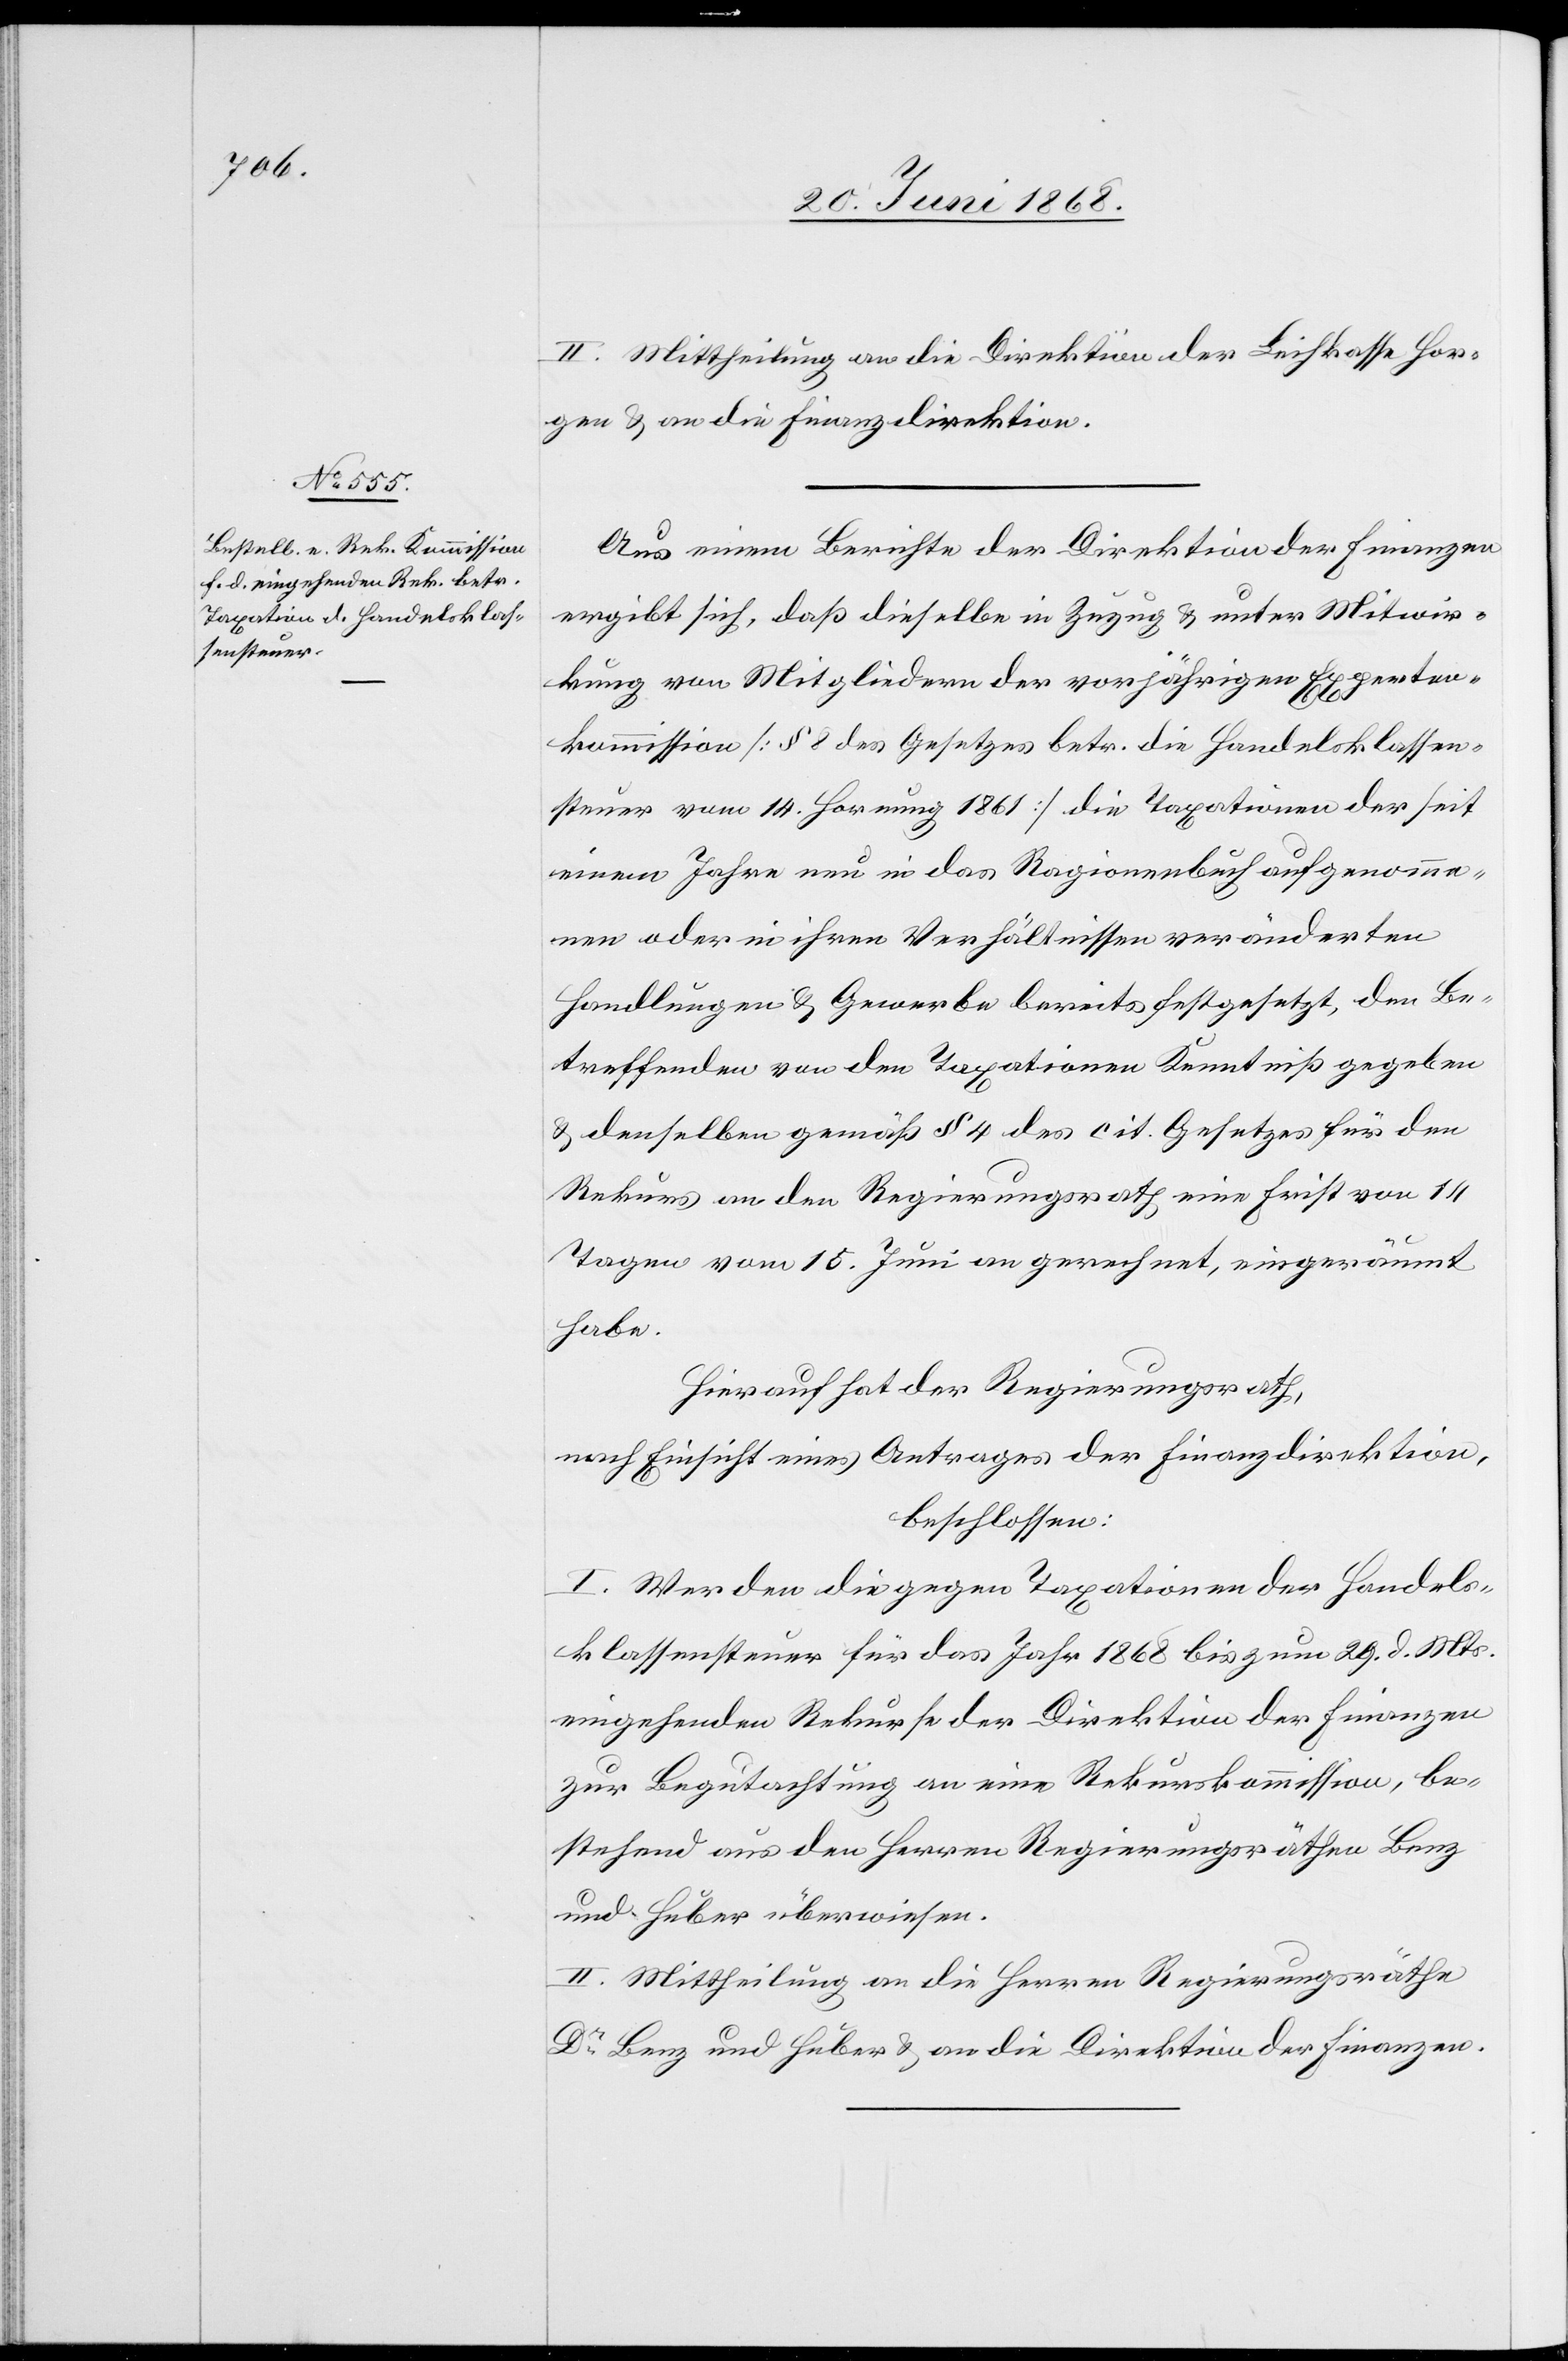
II. Mittheilung an die Direktion der Leihkasse Hor¬
gen & an die Finanzdirektion.
Aus einem Berichte der Direktion der Finanzen
ergibt sich, daß dieselbe in Zuzug & unter Mitwir¬
kung von Mitgliedern der vorjährigen Experten¬
kommission [§ 8 des Gesetzes betr. die Handelsklassen¬
steuer vom 14. Hornung 1861] die Taxationen der seit
einem Jahre neu in das Ragionenbuch aufgenomme¬
nen oder in ihren Verhältnissen veränderten
Handlungen & Gewerbe bereits festgesetzt, den Be¬
treffenden von den Taxationen Kenntniß gegeben
& denselben gemäß § 4 des cit. Gesetzes für den
Rekurs an den Regierungsrath eine Frist von 14
Tagen vom 15. Juni an gerechnet, eingeräumt
habe.
Hierauf hat der Regierungsrath,
nach Einsicht eines Antrages der Finanzdirektion,
beschlossen:
I. Werden die gegen Taxationen der Handels¬
klassensteuer für das Jahr 1868 bis zum 29. d. Mts.
eingehenden Rekurse der Direktion der Finanzen
zur Begutachtung an eine Rekurskommission, be¬
stehend aus den Herren Regierungsräthen Benz
und Huber überwiesen.
II. Mittheilung an die Herren Regierungsräthe
Dr Benz und Huber & an die Direktion der Finanzen.